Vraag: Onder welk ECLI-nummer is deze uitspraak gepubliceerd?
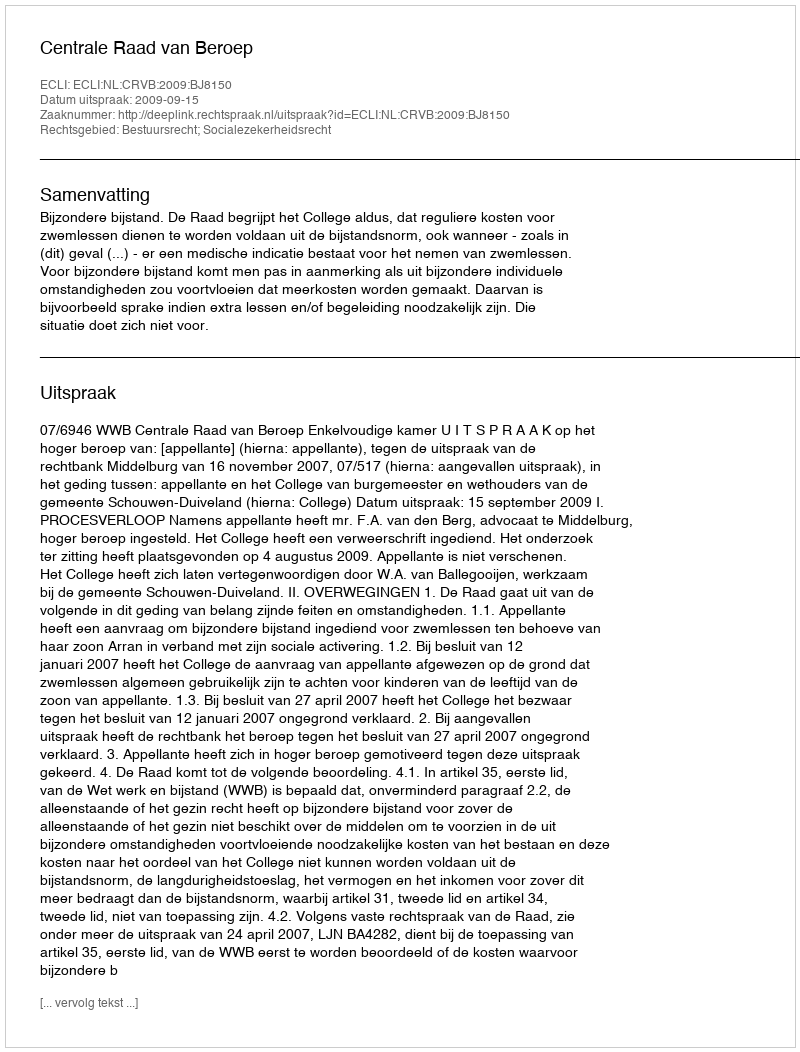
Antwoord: ECLI:NL:CRVB:2009:BJ8150